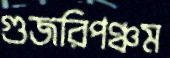
গুজরিপঞ্চম